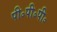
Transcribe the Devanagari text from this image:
पी॰पी॰पी॰